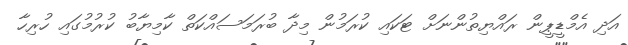
އަދި އެމްޑީޕީން ރައްޔިތުންނަށް ޓަކައި ކުރަމުން މިދާ ބުރަމަސައްކަތް ކާމިޔާބު ކުރުމުގައި ހުރިހާ